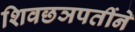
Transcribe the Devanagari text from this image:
शिवछञपतींने